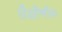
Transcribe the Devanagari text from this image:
शैक्षीणीक